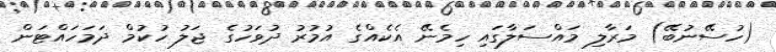
(ހުސޭނުބޭ) މަރާލި މައްސަލާގައި ހިމެނޭ އެކެއްގެ އުމުރު ދުވަހުގެ ޖަލު ހުކުމް ދަމަހައްޓަން